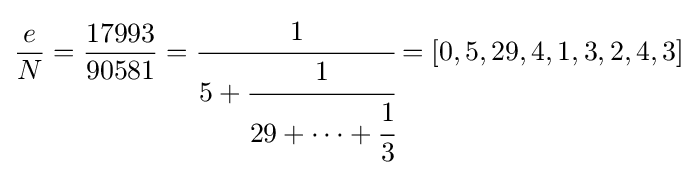
{\frac {e}{N}}={\frac {17993}{90581}}={\cfrac {1}{5+{\cfrac {1}{29+\dots +{\cfrac {1}{3}}}}}}=\left[0,5,29,4,1,3,2,4,3\right]